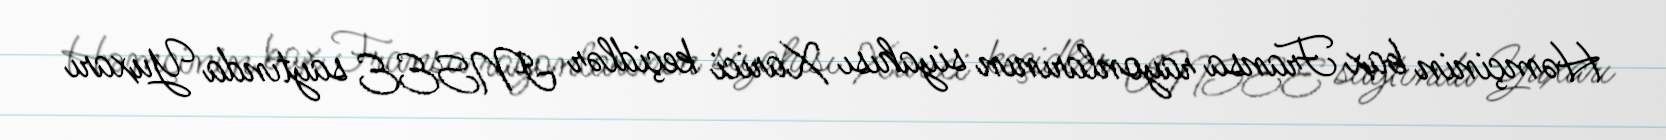
Həmçinin bax Fransa rayonlarının siyahısı Xarici keçidlər INSEE saytında Yuxarı